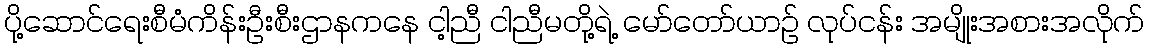
ပို့ဆောင်ရေးစီမံကိန်းဦးစီးဌာနကနေ ငါ့ညီ ငါညီမတို့ရဲ့ မော်တော်ယာဉ် လုပ်ငန်း အမျိုးအစားအလိုက်